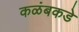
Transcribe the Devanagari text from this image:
कळंबकडे